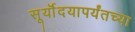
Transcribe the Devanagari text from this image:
सूर्यॊदयापर्यंतच्या